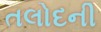
તલોદની